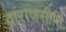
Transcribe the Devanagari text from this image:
वाराणसीति